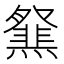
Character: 𤑪